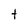
Character: t